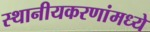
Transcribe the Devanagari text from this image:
स्थानीयकरणांमध्ये